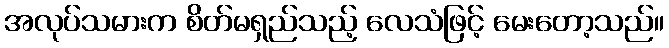
အလုပ်သမားက စိတ်မရှည်သည့် လေသံဖြင့် မေးတော့သည်။